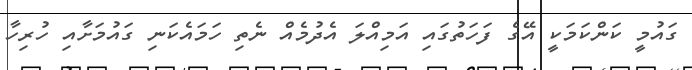
ގައުމީ ކަންކަމަކީ އޭގެ ފަހަތުގައި އަމިއްލަ އެދުމެއް ނެތި ހަމައެކަނި ގައުމަށާއި ހުރިހާ